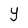
Character: Y